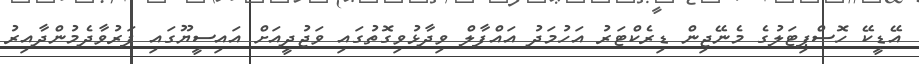
އޭޑީކޭ ހޮސްޕިޓަލުގެ މެނޭޖިން ޑިރެކްޓަރު އަހުމަދު އައްފާލް ވިދާޅުވިގޮތުގައި ވަޖުދީއަށް އައިސީޔޫގައި ފަރުވާދެމުންދާއިރު